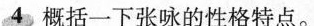
4概括一下张咏的性格特点。